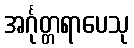
အင်္ဂုတ္တရာပေသု